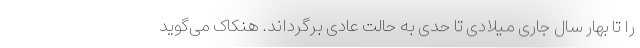
را تا بهار سال جاری میلادی تا حدی به حالت عادی برگرداند. هنکاک می‌گوید